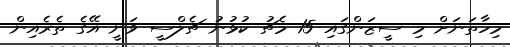
މިހާތަނަށް މި ސީޒަންގައި 15 މެޗު ކުޅުނު ޗެލްސީ ވަނީ އޭގެ ތެރެއިން